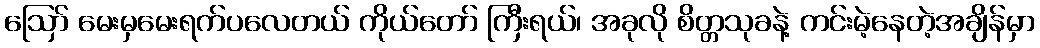
ဪ မေးမှမေးရက်ပလေတယ် ကိုယ်တော် ကြီးရယ်၊ အခုလို စိတ္တသုခနဲ့ ကင်းမဲ့နေတဲ့အချိန်မှာ